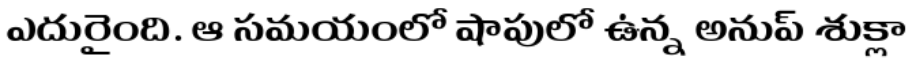
ఎదురైంది. ఆ సమయంలో షాపులో ఉన్న అనుప్ శుక్లా